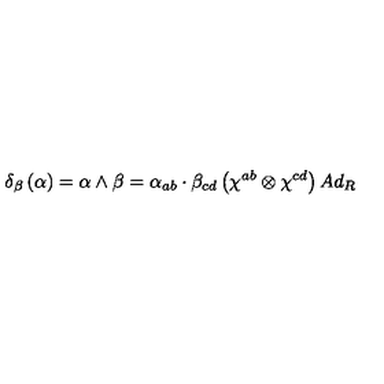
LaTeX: \delta _ { \beta } \left( \alpha \right) = \alpha \wedge \beta = \alpha _ { a b } \cdot \beta _ { c d } \left( \chi ^ { a b } \otimes \chi ^ { c d } \right) A d _ { R }